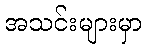
အသင်းများမှာ